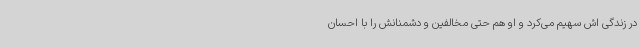
در زندگی اش سهیم می‌کرد و او هم حتی مخالفین و دشمنانش را با احسان